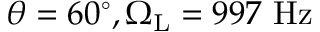
\theta = 6 0 ^ { \circ } , \Omega _ { \mathrm { L } } = 9 9 7 ~ \mathrm { H z }